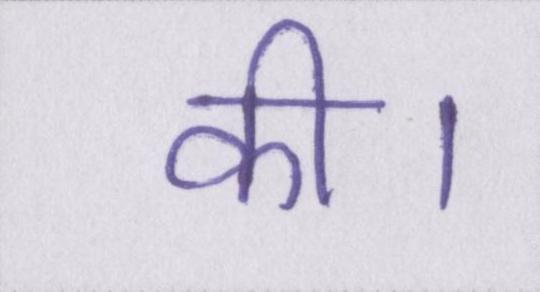
की।